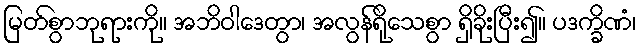
မြတ်စွာဘုရားကို။ အဘိဝါဒေတွာ၊ အလွန်ရိုသေစွာ ရှိခိုးပြီး၍။ ပဒက္ခိဏံ၊